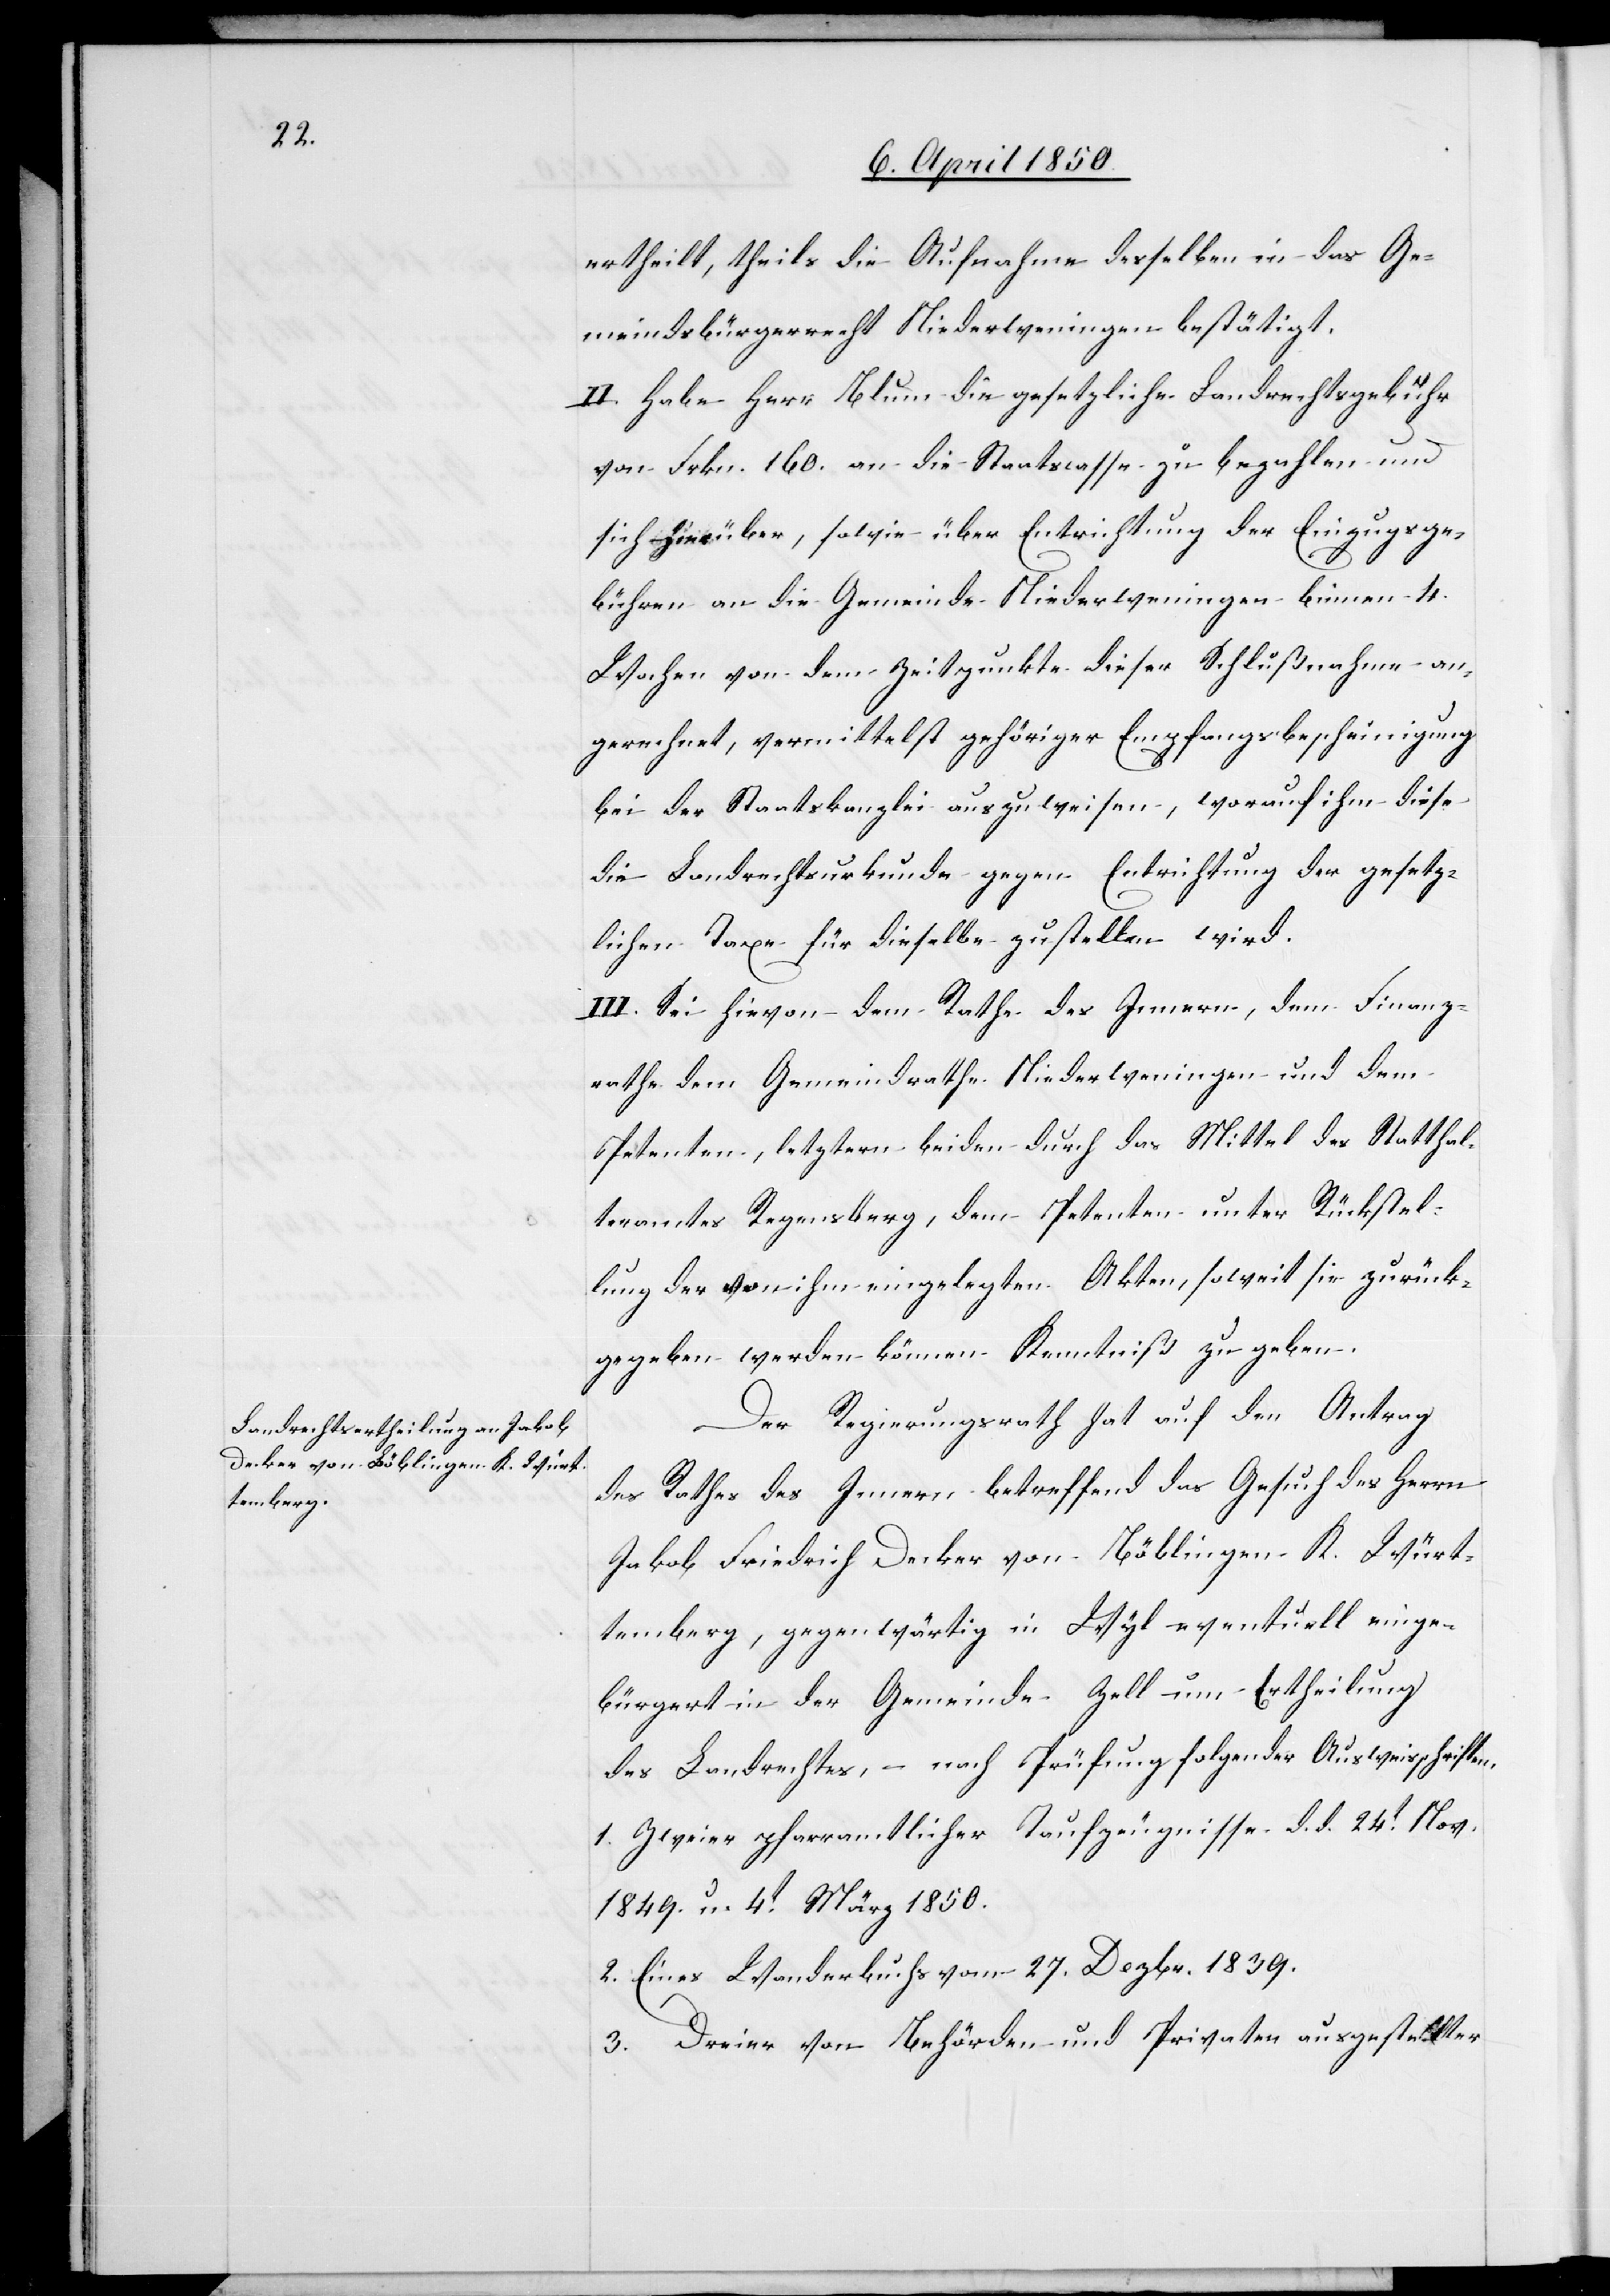
ertheilt, theils die Aufnahme desselben in das Ge¬
meindsbürgerrecht Niederweningen bestätigt.
II. Habe Herr Blum die gesetzliche Landrechtsgebühr
von Frkn. 160. an die Staatscasse zu bezahlen und
sich hierüber, sowie über Entrichtung der Einzugsge¬
bühren an die Gemeinde Niederweningen binnen 4.
Wochen von dem Zeitpunkte dieser Schlußnahme an
gerechnet, vermittelst gehöriger Empfangsbescheinigung
bei der Staatskanzlei auszuweisen, worauf ihm diese
die Landrechtsurkunde gegen Entrichtung der gesetz¬
lichen Taxe für dieselbe zustellen wird.
III. Sei hievon dem Rathe des Innern, dem Finanz¬
rathe[,] dem Gemeindrathe Niederweningen und dem
Petenten, letztern beiden durch das Mittel des Statthal¬
teramtes Regensberg, dem Petenten unter Rückstel¬
lung der von ihm eingelegten Akten, soweit sie zurück¬
gegeben werden können Kenntniß zu geben.
Der Regierungsrath hat auf den Antrag
des Rathes des Innern betreffend das Gesuch des Herrn
Jakob Friedrich Decker von Böblingen K. Würt¬
temberg, gegenwärtig in Wyl eventuell einge¬
bürgert in der Gemeinde Zell um Ertheilung
des Landrechtes, – nach Prüfung folgender Ausweisschriften
1. Zweier pfarramtlicher Taufzeugnisse d. d. 24t Nov
1849. u. 4t März 1850.
2. Eines Wanderbuchs vom 27. Dezbr. 1839.
3. Dreier von Behörden und Privaten ausgestellter